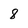
Character: 8